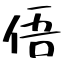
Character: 俉